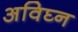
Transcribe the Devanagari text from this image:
अविघ्न